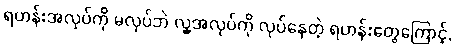
ရဟန်းအလုပ်ကို မလုပ်ဘဲ လူ့အလုပ်ကို လုပ်နေတဲ့ ရဟန်းတွေကြောင့်,